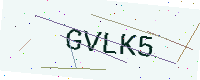
Text: GVLK5